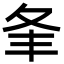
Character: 夆